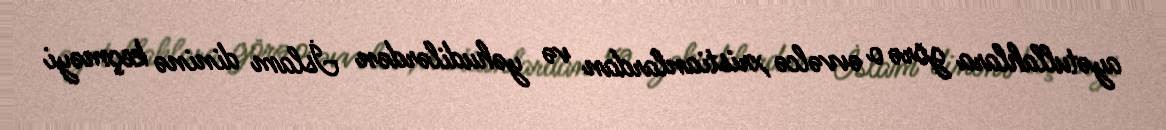
ayətullahlara görə o əvvəlcə xristianlardan və yəhudilərdən İslam dininə keçməyi